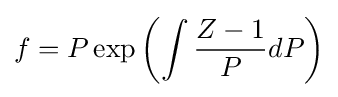
f=P\exp \left(\int {\frac {Z-1}{P}}dP\right)